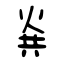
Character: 烡